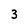
Character: 3